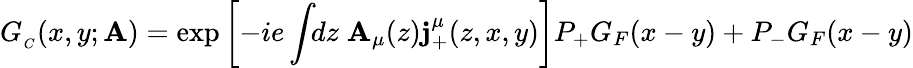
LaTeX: G_{_C}(x,y;\mathbf{A})=\exp\left[-ie\int\! \! dz\; \mathbf{A}_{\mu}(z)\mathbf{j}_{+}^{\mu}(z,x,y)\right]P_{+}G_{F}(x-y)+P_{-}G_{F}(x-y)